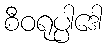
စီဝရုပ္ပါဒေါ